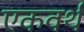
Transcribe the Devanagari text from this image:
एकवर्थ